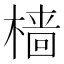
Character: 樯